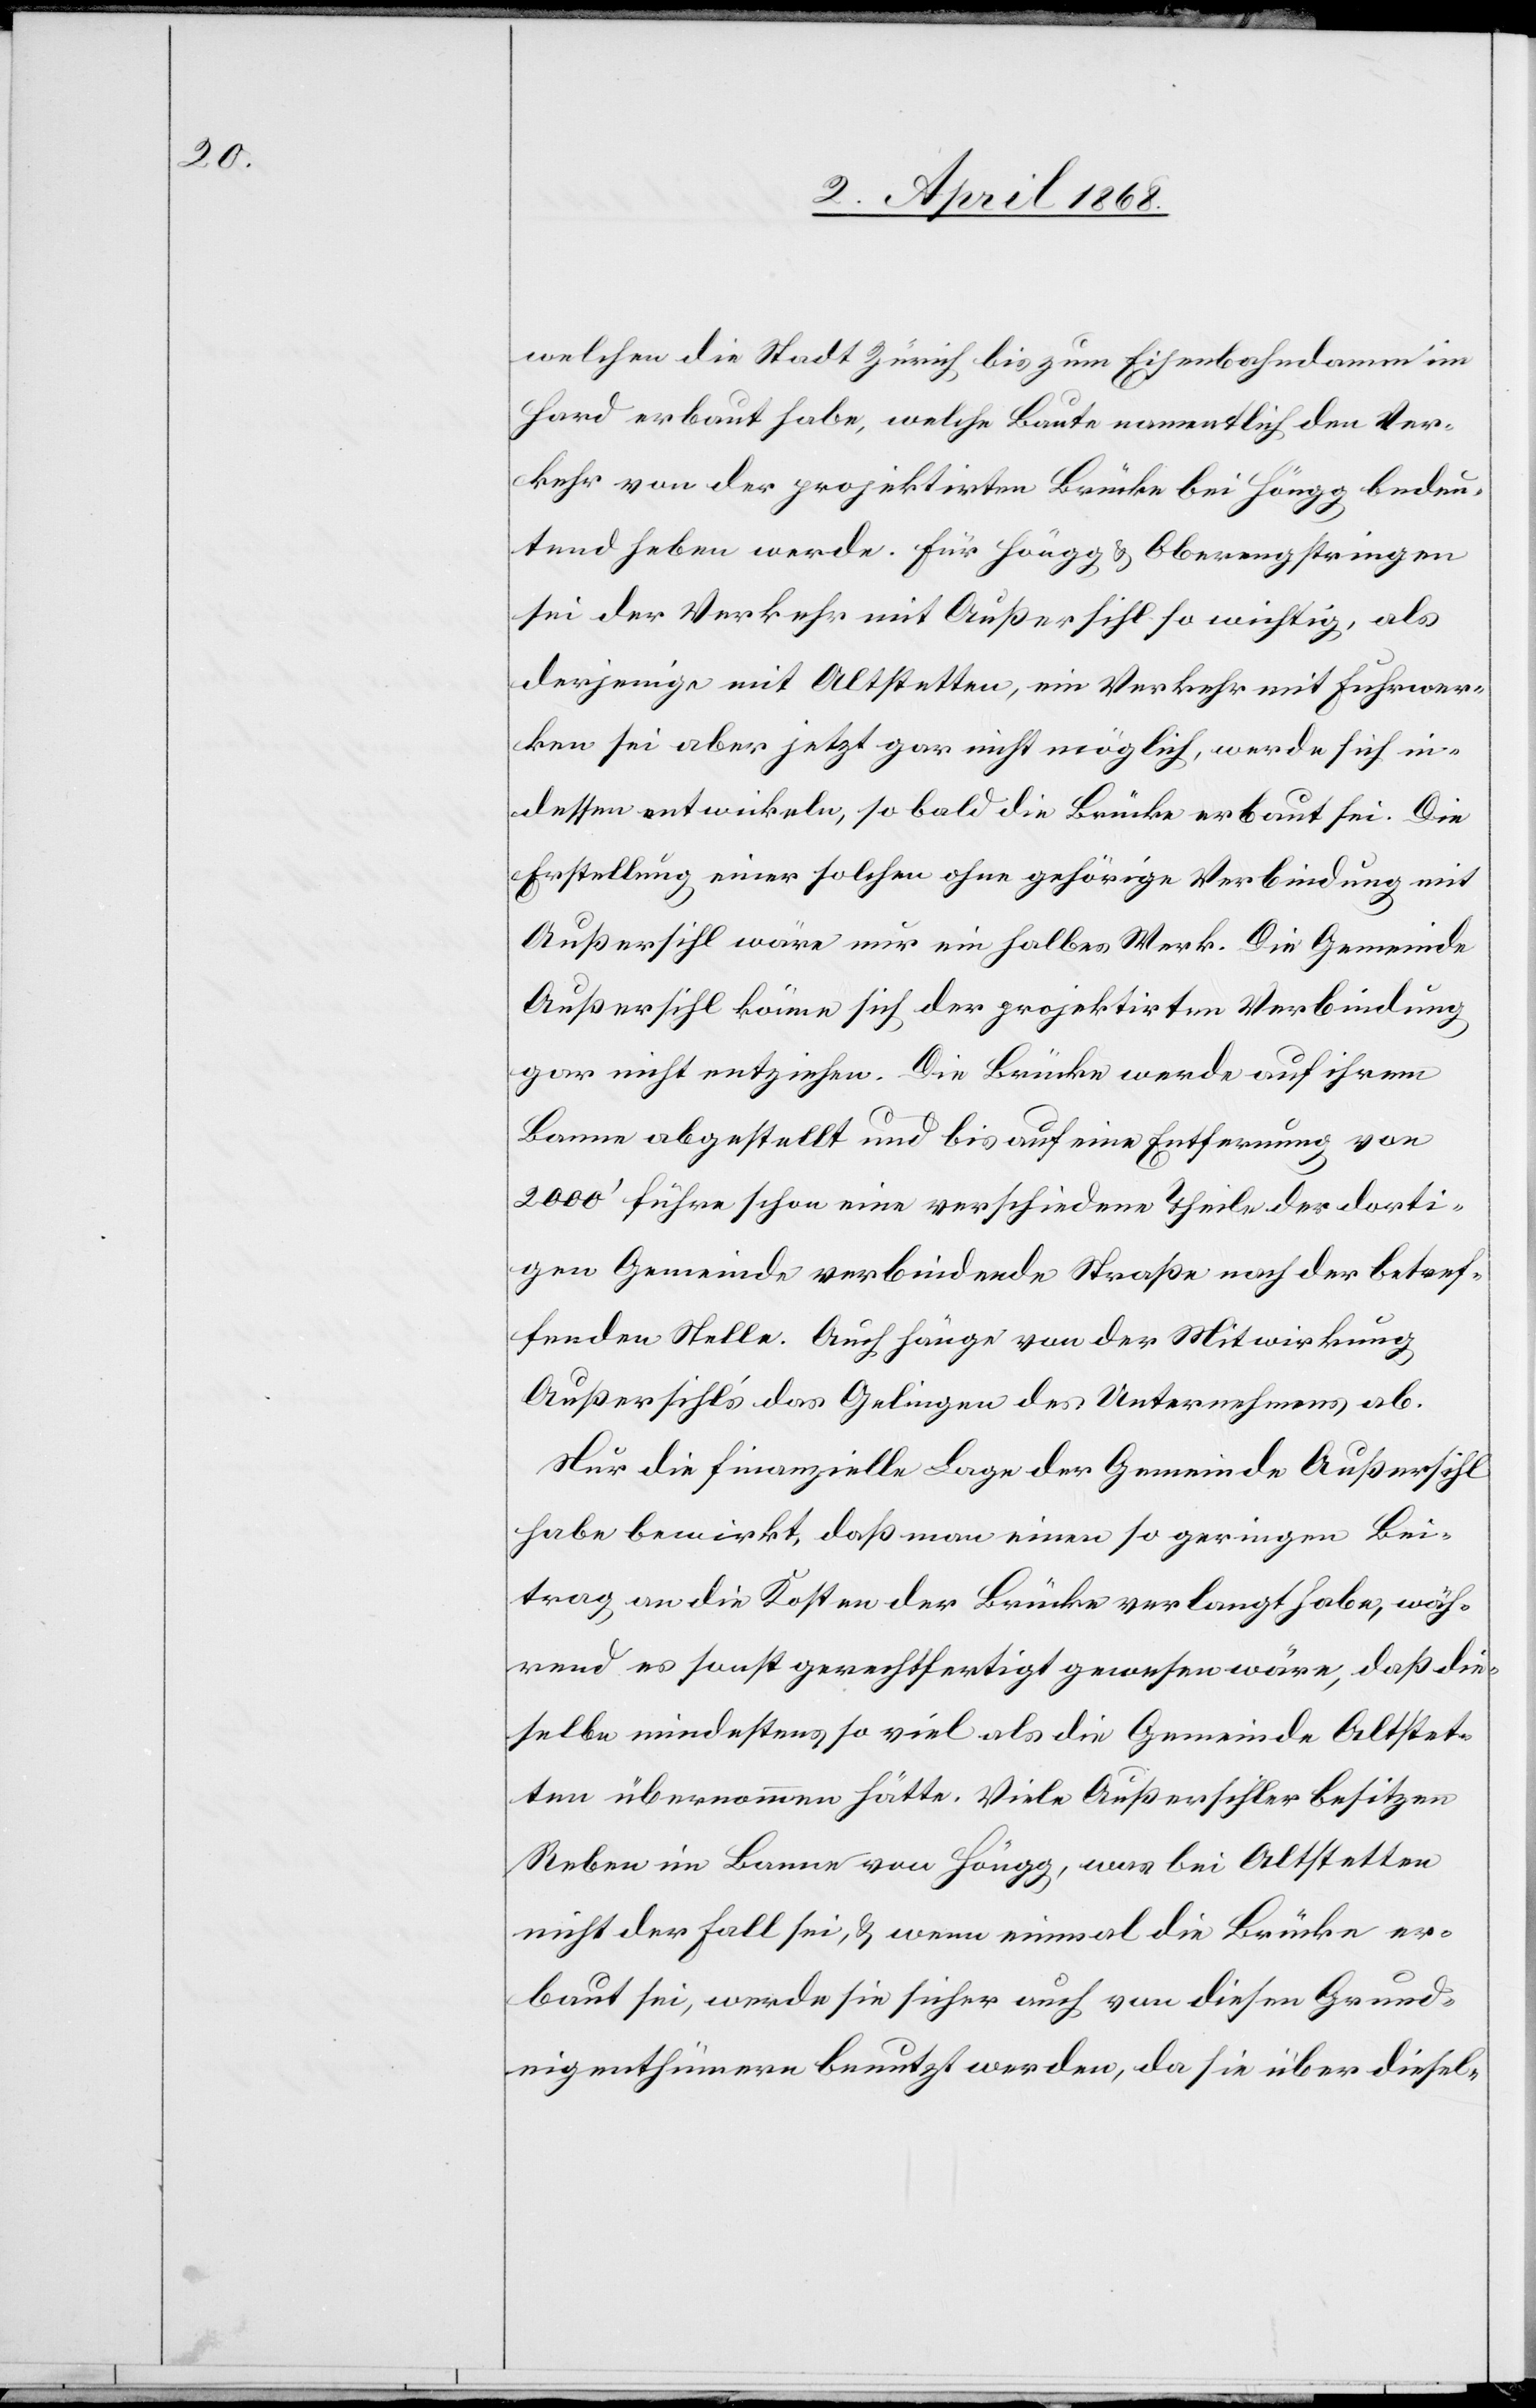
welchen die Stadt Zürich bis zum Eisenbahndamm im
Hard erbaut habe, welche Baute namentlich den Ver¬
kehr von der projektirten Brücke bei Höngg bedeu¬
tend heben werde. Für Höngg & Oberengstringen
sei der Verkehr mit Außersihl so wichtig, als
derjenige mit Altstetten, ein Verkehr mit Fuhrwer¬
ken sei aber jetzt gar nicht möglich, werde sich in¬
dessen entwickeln, so bald die Brücke erbaut sei. Die
Erstellung einer solchen ohne gehörige Verbindung mit
Außersihl wäre nur ein halbes Werk. Die Gemeinde
Außersihl könne sich der projektirten Verbindung
gar nicht entziehen. Die Brücke werde auf ihrem
Banne abgestellt und bis auf eine Entfernung von
2000‘ führe schon eine verschiedene Theile der dorti¬
gen Gemeinde verbindende Straße nach der betref¬
fenden Stelle. Auch hänge von der Mitwirkung
Außersihl’s das Gelingen des Unternehmens ab.
Nur die finanzielle Lage der Gemeinde Außersihl
habe bewirkt, daß man einen so geringen Bei¬
trag an die Kosten der Brücke verlangt habe, wäh¬
rend es sonst gerechtfertigt gewesen wäre, daß die¬
selbe mindestens so viel als die Gemeinde Altstet¬
ten übernommen hätte. Viele Außersihler besitzen
Reben im Banne von Höngg, was bei Altstetten
nicht der Fall sei, & wenn einmal die Brücke er¬
baut sei, werde sie sicher auch von diesen Grund¬
eigenthümern benutzt werden, da sie über diesel-